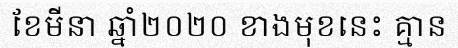
ខែមីនា ឆ្នាំ២០២០ ខាងមុខនេះ គ្មាន